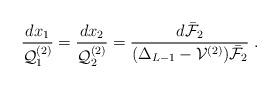
LaTeX: \begin{align*}\frac{d x_1}{\mathcal{Q}^{(2)}_1} = \frac{d x_2}{\mathcal{Q}^{(2)}_2} = \frac{d \bar{\mathcal{F}}_2}{ (\Delta_{L-1} - \mathcal{V}^{(2)}) \bar{\mathcal{F}}_2} \; .\end{align*}